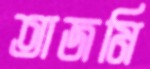
তাজমি